Indian journal of veterinary science and animal husbandry - Volume 7,
Year: 1937
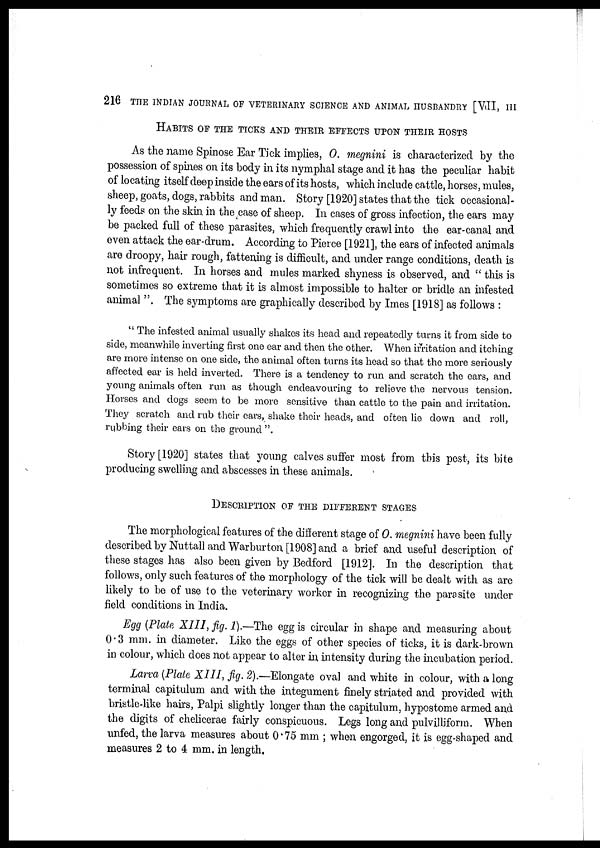
216 THE INDIAN JOURNAL OF VETERINARY SCIENCE AND ANIMAL HUSBANDRY [VII, III
HABITS OF THE TICKS AND THEIR EFFECTS UPON THEIR HOSTS
As the name Spinose Ear Tick implies, O. megnini is characterized by the
possession of spines on its body in its nymphal stage and it has the peculiar habit
of locating itself deep inside the ears of its hosts, which include cattle, horses, mules,
sheep, goats, dogs, rabbits and man. Story [1920] states that the tick occasional-
ly feeds on the skin in the case of sheep. In cases of gross infection, the ears may
be packed full of these parasites, which frequently crawl into the ear-canal and
even attack the ear-drum. According to Pierce [1921], the ears of infected animals
are droopy, hair rough, fattening is difficult, and under range conditions, death is
not infrequent. In horses and mules marked shyness is observed, and " this is
sometimes so extreme that it is almost impossible to halter or bridle an infested
animal ". The symptoms are graphically described by Imes [1918] as follows :
" The infested animal usually shakes its head and repeatedly turns it from side to
side, meanwhile inverting first one ear and then the other. When irritation and itching
are more intense on one side, the animal often turns its head so that the more seriously
affected ear is held inverted. There is a tendency to run and scratch the ears, and
young animals often run as though endeavouring to relieve the nervous tension.
Horses and dogs seem to be more sensitive than cattle to the pain and irritation.
They scratch and rub their ears, shake their heads, and often lie down and roll,
rubbing their ears on the ground "
Story [1920] states that young calves suffer most from this pest, its bite
producing swelling and abscesses in these animals.
DESCRIPTION OF THE DIFFERENT STAGES
The morphological features of the different stage of O. megnini have been fully
described by Nuttall and Warburton [1908] and a brief and useful description of
these stages has also been given by Bedford [1912]. In the description that
follows, only such features of the morphology of the tick will be dealt with as are
likely to be of use to the veterinary worker in recognizing the parasite under
field conditions in India.
Egg (Plate XIII, fig. 1).—The egg is circular in shape and measuring about
0.3 mm. in diameter. Like the eggs of other species of ticks, it is dark-brown
in colour, which does not appear to alter in intensity during the incubation period.
Larva (Plate XIII, fig. 2).—Elongate oval and white in colour, with a long
terminal capitulum and with the integument finely striated and provided with
bristle-like hairs, Palpi slightly longer than the capitulum, hypostome armed and
the digits of chelicerae fairly conspicuous. Legs long and pulvilliform. When
unfed, the larva measures about 0.75 mm ; when engorged, it is egg-shaped and
measures 2 to 4 mm. in length.